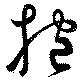
抱